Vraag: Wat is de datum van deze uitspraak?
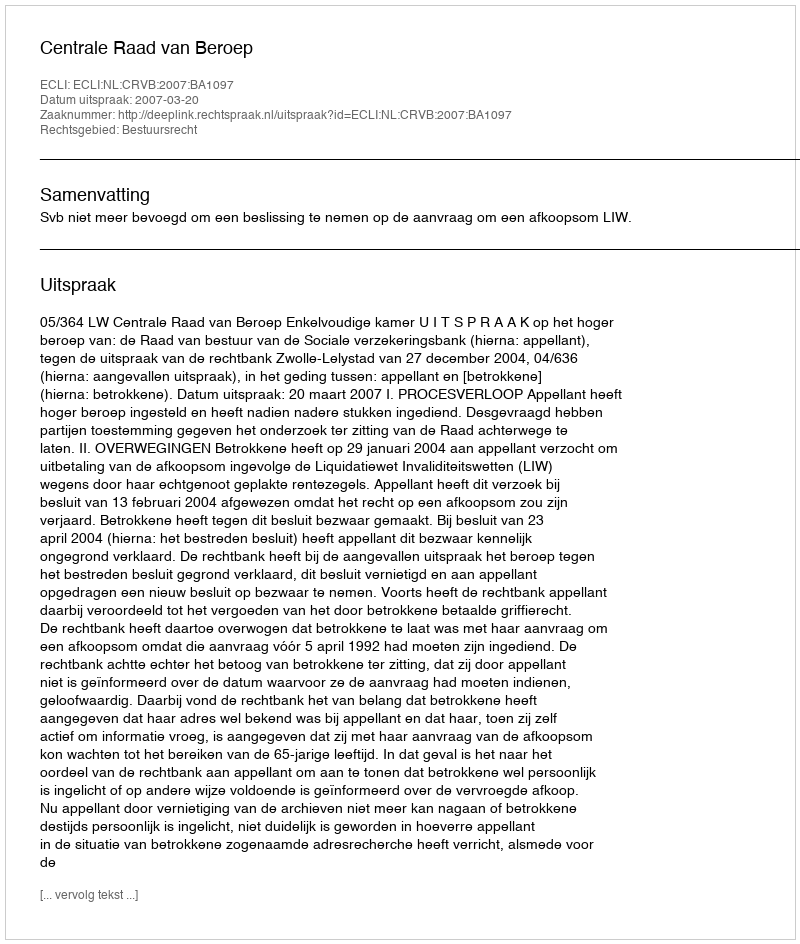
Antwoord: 2007-03-20